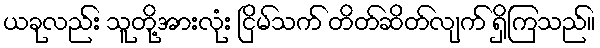
ယခုလည်း သူတို့အားလုံး ငြိမ်သက် တိတ်ဆိတ်လျက် ရှိကြသည်။